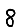
Digit: 8